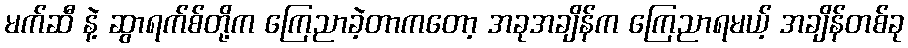
မက်ဆီ နဲ့ ဆွာရက်စ်တို့က ကြေညာခဲ့တာကတော့ အခုအချိန်က ကြေညာရမယ့် အချိန်တစ်ခု